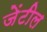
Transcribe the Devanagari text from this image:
जेंटील